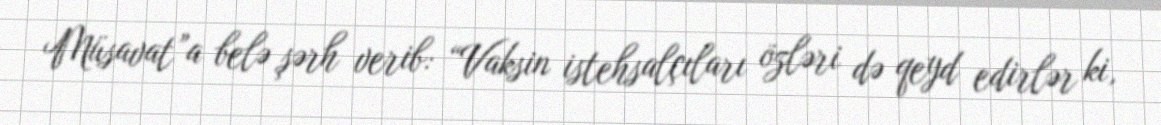
Müsavat”a belə şərh verib: “Vaksin istehsalçıları özləri də qeyd edirlər ki,